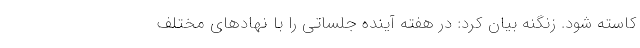
کاسته شود. زنگنه بیان کرد: در هفته آینده جلساتی را با نهادهای مختلف